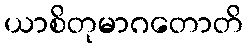
ယာစိတုမာဂတောတိ